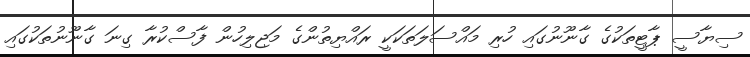
ސިޔާސީ ޕާޓީތަކުގެ ގާނޫނުގައި ހުރި މައްސަލަތަކަކީ ރައްޔިތުންގެ މަޖިލިހުން ފާސްކުރާ ގިނަ ގާނޫނުތަކުގައި